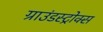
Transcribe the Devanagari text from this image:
ग्राउंडस्ट्रोक्स